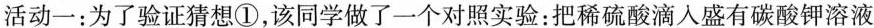
活动一：为了验证猜想①，该同学做了一个对照实验：把稀硫酸滴入盛有碳酸钾溶液